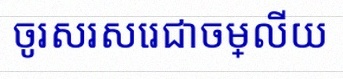
ចូរសរសេរជាចម្លើយ